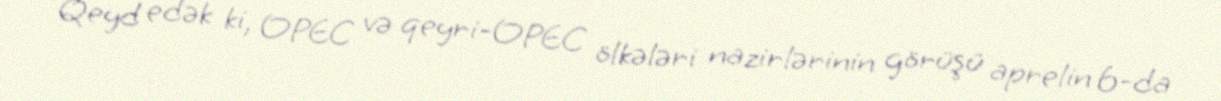
Qeyd edək ki, OPEC və qeyri-OPEC ölkələri nazirlərinin görüşü aprelin 6-da